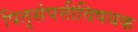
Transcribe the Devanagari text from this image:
पितृसंपत्तीविषयक